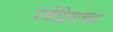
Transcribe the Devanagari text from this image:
पंचेंद्रियांच्या